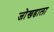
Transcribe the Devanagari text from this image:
जोखडाला